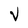
Character: V